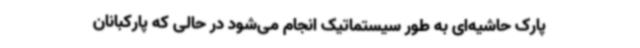
پارک‌ حاشیه‌ای به طور سیستماتیک انجام‌ می‌شود در حالی که پارکبانان